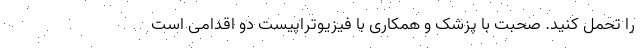
را تحمل کنید. صحبت با پزشک و همکاری با فیزیوتراپیست دو اقدامی است